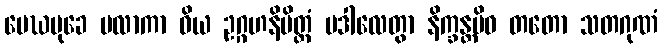
မေဃမုခေ ဗလာကာ ဝိယ ဥဂ္ဂဟနိမိတ္တံ ပဒါလေတွာ နိက္ခန္တမိဝ တတော သတဂုဏံ